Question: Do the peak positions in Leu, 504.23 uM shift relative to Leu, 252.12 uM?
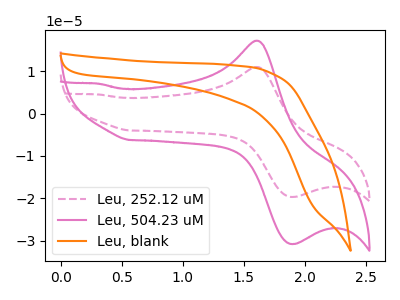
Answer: <think>The pink dashed curve "Leu, 252.12 uM" has an anodic peak at (1.60V, 11.00uA) and a cathodic peak at (1.90V, -19.70uA). The pink curve "Leu, 504.23 uM" has an anodic peak at (1.60V, 17.25uA) and a cathodic peak at (1.90V, -30.80uA). The orange curve "Leu, blank" has no peaks.
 All the peaks in "Leu, 504.23 uM" have a peak in "Leu, 252.12 uM" at the same potential. Every peak in "Leu, 504.23 uM" is higher than every peak in "Leu, 252.12 uM".</think>
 <answer>No, "Leu, 504.23 uM" and "Leu, 252.12 uM" don't appear to be significantly different in shape</answer>
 <eval>no_change</eval>